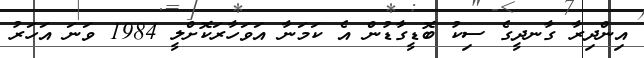
އިންދިރާ ގާނދީގެ ސިކު ބޮޑީގާޑުން އެ ކަމަނާ އަވަހާރަކޮށްލީ 1984 ވަނަ އަހަރު